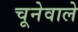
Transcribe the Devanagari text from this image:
चूनेवाले